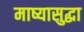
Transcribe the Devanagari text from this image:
माष्यासुद्धा